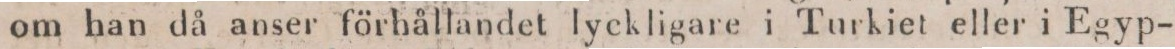
om han då anser förhållandet lyckligare i Turkiet eller i Egyp-